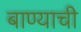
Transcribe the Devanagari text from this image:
बाण्याची